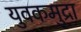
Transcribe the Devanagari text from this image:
युवकमुद्रा